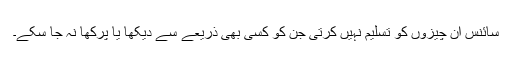
سائنس ان چیزوں کو تسلیم نہیں کرتی جن کو کسی بھی ذریعے سے دیکھا یا پرکھا نہ جا سکے۔